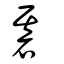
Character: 碁